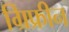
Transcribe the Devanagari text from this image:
ग्रिफ्रीन